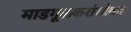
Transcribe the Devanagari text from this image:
माडगूळकरांसोबत